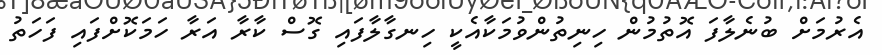
އެރުމަށް ބުނެލާފަ އޮތުމުން ހިނިތުންވުމަކާއެކީ ހިނގާލާފައި ގޮސް ކާރާ އަރާ ހަމަކޮށްފައި ފަހަތު